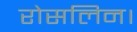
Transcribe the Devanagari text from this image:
रोसलिन।